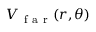
V _ { \mathrm { ~ f ~ a ~ r ~ } } ( r , \theta )